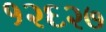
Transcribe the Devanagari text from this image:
१२६२७